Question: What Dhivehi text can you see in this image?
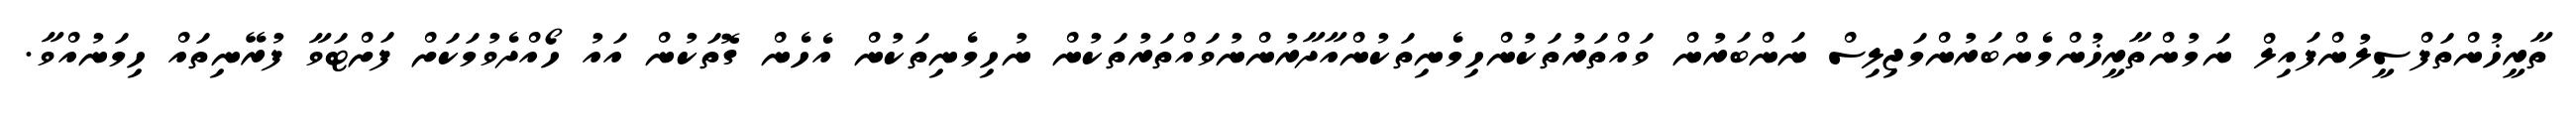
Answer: ތާރީޚުންތަފްސީލުންފައިލް ނަމުންތާރީޚުންމެންބަރުންމަޖިލިސް ނަންބަރުން ވައްތަރުތަކުންހިމެނިތަކުންއާދާރުންނުވައްތަރުތަކުން ނުހިމެނިތަކުން އެހެން ގޮތަކުން އައު ހޯއްދެވުމަކަށް ފަށްޓަވާ ފުރޭނިތައް ހިމަނުއްވާ.